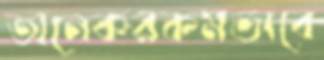
অনেকরকমভাবে